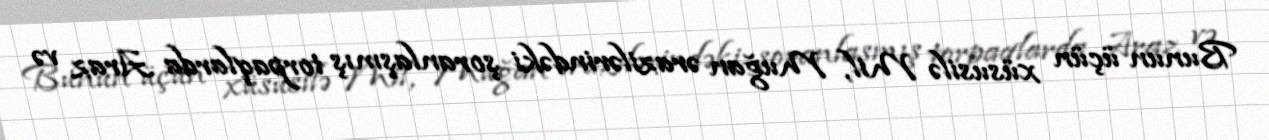
Bunun üçün xüsusilə Mil, Muğan ərazilərindəki şoranlaşmış torpaqlarda Araz və